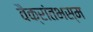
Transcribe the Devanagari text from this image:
वैक्रांतभस्म